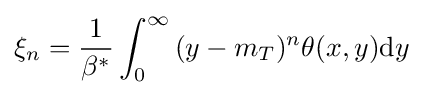
{\xi _{n}}={1 \over \beta ^{*}}\int _{0}^{\infty }{(y-m_{T})^{n}\theta (x,y)\mathrm {d} y}